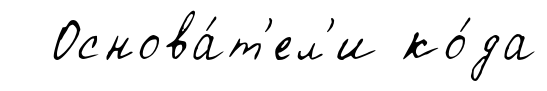
Основа́т'ел'и ко́да